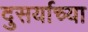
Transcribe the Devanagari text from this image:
दुसर्याच्या